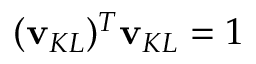
( \mathbf { v } _ { K L } ) ^ { T } \mathbf { v } _ { K L } = 1